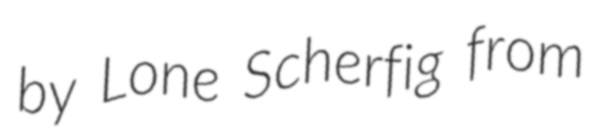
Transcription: by Lone Scherfig from